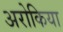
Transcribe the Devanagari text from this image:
अरोकिया